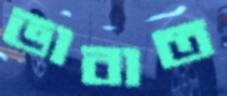
ভাবাত